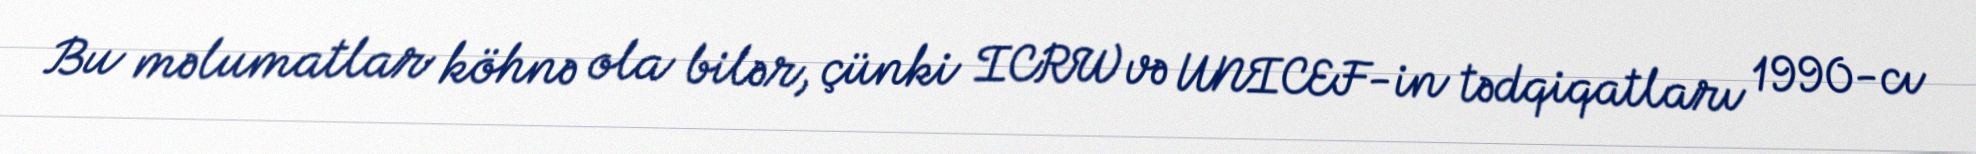
Bu məlumatlar köhnə ola bilər, çünki ICRW və UNICEF-in tədqiqatları 1990-cı